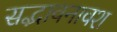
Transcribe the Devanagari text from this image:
सद्भावनावश